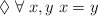
\begin{align*}\Diamond \; \forall \; x, y \; x=y\end{align*}